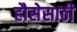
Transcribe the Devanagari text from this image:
हौसेसाठी